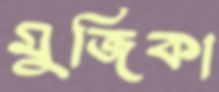
মুজিকা